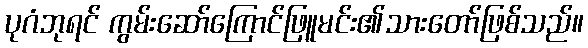
ပုဂံဘုရင် ကွမ်းဆော်ကြောင်ဖြူမင်း၏သားတော်ဖြစ်သည်။